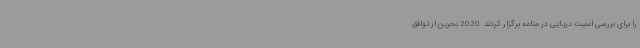
را برای بررسی امنیت دریایی در منامه برگزار کردند. 2020 بحرین از توافق